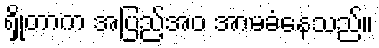
ရှိုတာက အပြည့်အဝ အာမခံနေသည်။